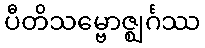
ပီတိသမ္ဗောဇ္ဈင်္ဂဿ